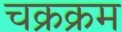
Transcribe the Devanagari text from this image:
चक्रक्रम